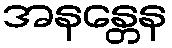
အနန္တေန